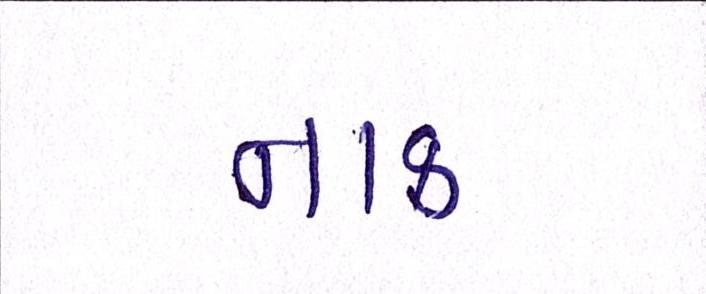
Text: નાક